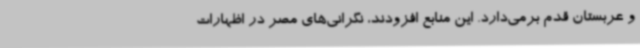
و عربستان قدم برمی‌دارد. این منابع افزودند، نگرانی‌های مصر در اظهارات